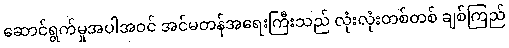
ဆောင်ရွက်မှုအပါအဝင် အင်မတန်အရေးကြီးသည် လုံးလုံးတစ်တစ် ချစ်ကြည်